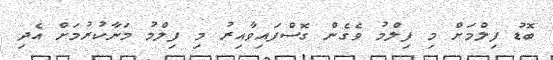
ބޮޑު ފިލްމަށް މި ފިލްމު ވެގެން ގޮސްފައިވާއިރު މި ފިލްމު މަނާކުރުމަށް އެދި